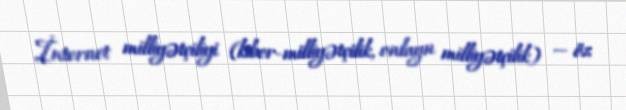
İnternet milliyətçiliyi (kiber-milliyətçilik, onlayn milliyətçilik) — öz